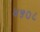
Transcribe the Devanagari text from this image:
४५०८